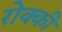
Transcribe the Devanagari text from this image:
रोक्की